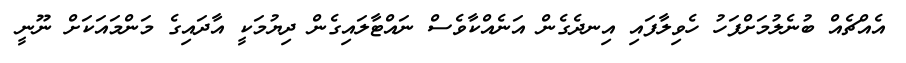
އެއްޗެއް ބުނެލުމަށްފަހު ހެވިލާފައި އިނދެގެން އަނެއްކާވެސް ނައްޓާލައިގެން ދިޔުމަކީ އާދައިގެ މަންމައަކަށް ނޫނީ